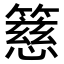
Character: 𥴺